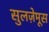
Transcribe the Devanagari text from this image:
सुलज़ेमूस